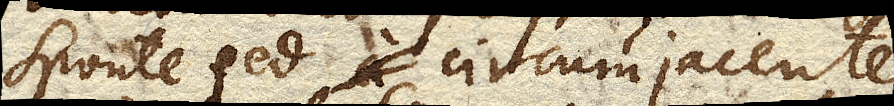
sponte sed circumjacente